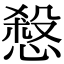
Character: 𢞒